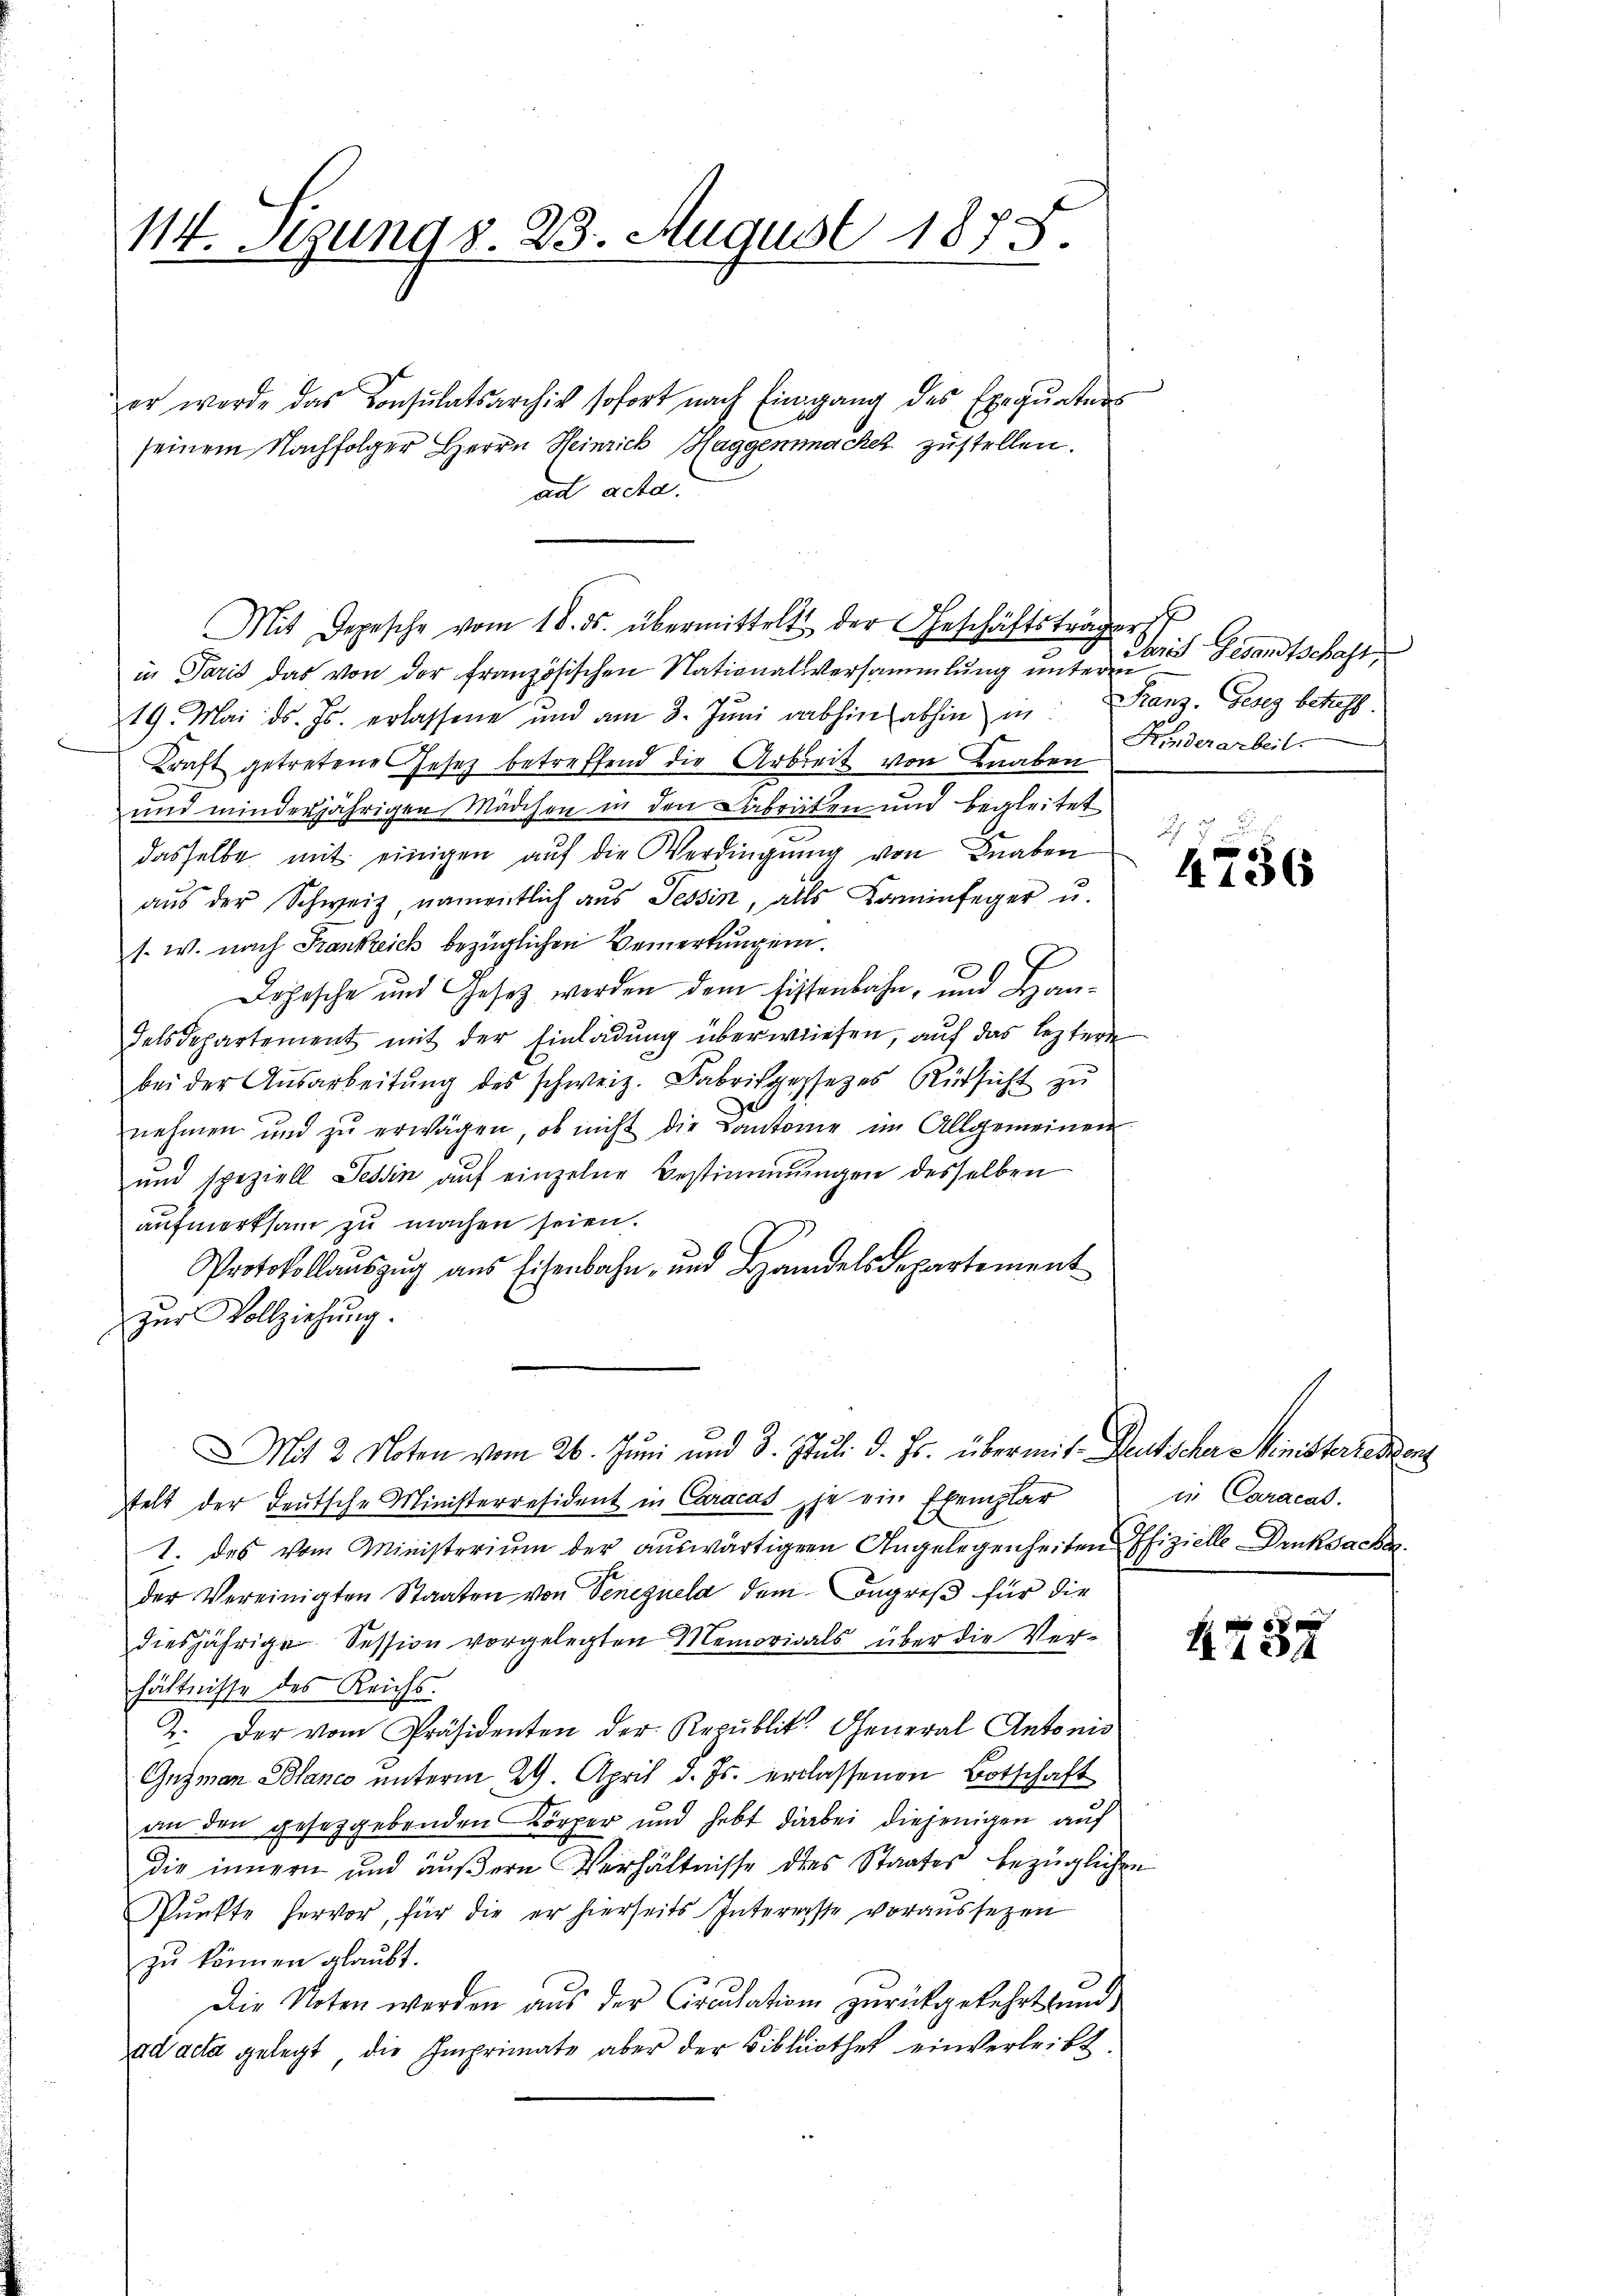
14. Segung d. 23. August 1875.

er werde das Consulatsarchiv sofort nach Eingang des Exequaters
seinem Nachfolger Herrn Heinrich Haggenmacher zustellen.
ad acta.
Mit Depesche vom 18. ds. übermittelt der Geschäftsträgerst
in Paris das von der französischen Nationallversammlŭng ŭnterer Gesandtschaft,
u
19. Mai d. Js. erlassene und am 3. Juni abhin abhin in Franz. Gesez betreff
Kraft getretenes Gesetz betreffend die Arbeit von Knaben
und minderjährigen Mädchen in den Fabraten und begleitet
dasselbe mit einigen aŭf die Verdingŭng von Knaben
aŭs der Schweiz, namentlich aus Tessin, alls Kaminfeger u.
s. w. nach Frankreich bezüglichen Bemerkungen.
Dohische und Gesetz werden dem Eisenbahn, und Han¬
Felsdepartement mit der Einladung überwiesen, auf das leztere
bei der Ausarbeitŭng des schweiz. Fabrikgesezes Rüksicht zŭ
e
nehmen und zŭ erwägen, ob nicht die Cantonie im Allgemeinen
und speziell Tessin auf einzelne Bestimmungen desselben
aufmerksam zu machen seien.
Protokollaŭszŭg aŭs Eisenbahn- und Handelsdepartement
zŭr Vollziehung.
Mit 2 Noten vom 26. Juni und 8. Juli d. Js. übermit Deutscher Ministeriesens
telt der Teutsche Ministerresident in Caracas je ein Exemplar
1. des vom Ministerium der auswärtigern Angelegenheiten Offizielle Druksache
der Vereinigten Staaten von Venegnela dem Ingreß für die
diesjährige Session vorgelegten Memorials über die Verhältnisse des Reichs.
2. Der vom Präsidenten der Republit. General Antonis
Gusman Blanco unterm 29. April d. Js. erlassenen Botschaft
an den gesetzgebenden Körper und hebt darbei diejenigen auf
die innern und äußern Verhältnisse des Staates bezügliche
Pŭnkte hervor, für die er hierseits Intererste voraŭssezen
zu können glaubt.
Die Noten werden aus der Circulation zurückgekehrt und,
ad acta gelegt, die Imprimate aber der Bibliothek einverleibt.

Kinderarbeit.

.

4736

in Caracal.

e
I 124